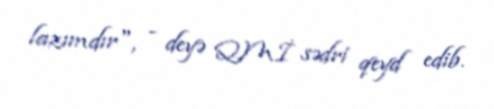
lazımdır", - deyə QMİ sədri qeyd edib.